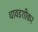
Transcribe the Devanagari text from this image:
धावडशीकर